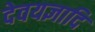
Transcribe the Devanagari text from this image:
देवयज्ञादि